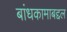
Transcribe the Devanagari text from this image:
बांधकामाबद्दल